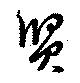
賢